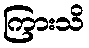
ကြားသိ